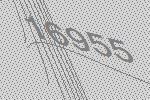
16955